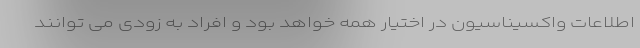
اطلاعات واکسیناسیون در اختیار همه خواهد بود و افراد به زودی می توانند